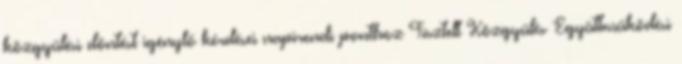
közgyűlési döntést igénylő kérdései napirendi ponthoz Tisztelt Közgyűlés Együttműködési